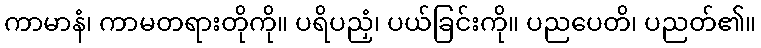
ကာမာနံ၊ ကာမတရားတိုကို။ ပရိပညှံ၊ ပယ်ခြင်းကို။ ပညပေတိ၊ ပညတ်၏။